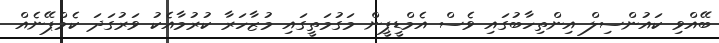
ބޭއްވި ކައުންސިލް އިންތިހާބުގައި ވެސް އެމްޑީޕީން މަގުމަތީގައި މުޒާހަރާ ކުރުމާއެކު ވަރުގަދަ ކެމްޕޭނެއް